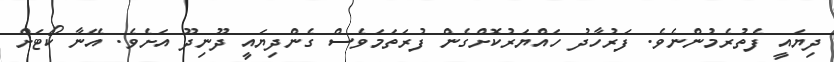
ދިޔައީ ފެތުރެމުންނެވެ. ފަރުހާދު ހައްޔަރުކޮށްގެން ފުރަތަމަވެސް ގެންދިޔައީ ދޫނިދޫ އަށެވެ. އޭނާ ކޯޓަށް